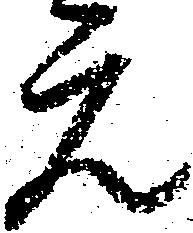
元